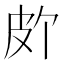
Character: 𪾆